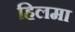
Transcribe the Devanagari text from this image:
हिलमा